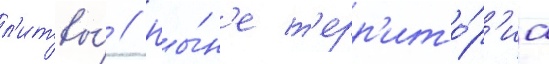
л'итвы́ // Ны́н'е т'ерр'ито́р'иа